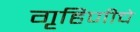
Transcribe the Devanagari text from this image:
गृहिणीचे